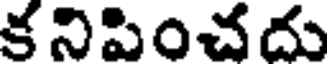
కనిపించదు